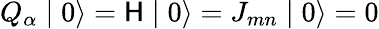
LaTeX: Q_{\alpha}\mid0\rangle=\mathsf{H}\mid0\rangle=J_{mn}\mid0\rangle=0